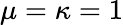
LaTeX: \mu=\kappa=1